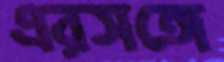
এরসঙ্গে